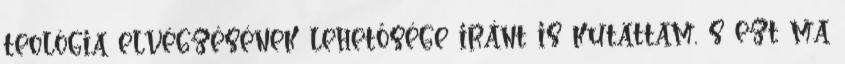
teológia elvégzésének lehetősége iránt is kutattam, s ezt ma